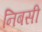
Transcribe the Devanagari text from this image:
निबसी